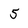
Character: 5